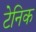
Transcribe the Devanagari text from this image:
टेनिक